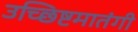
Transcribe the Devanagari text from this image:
उच्छिष्टमातंगी